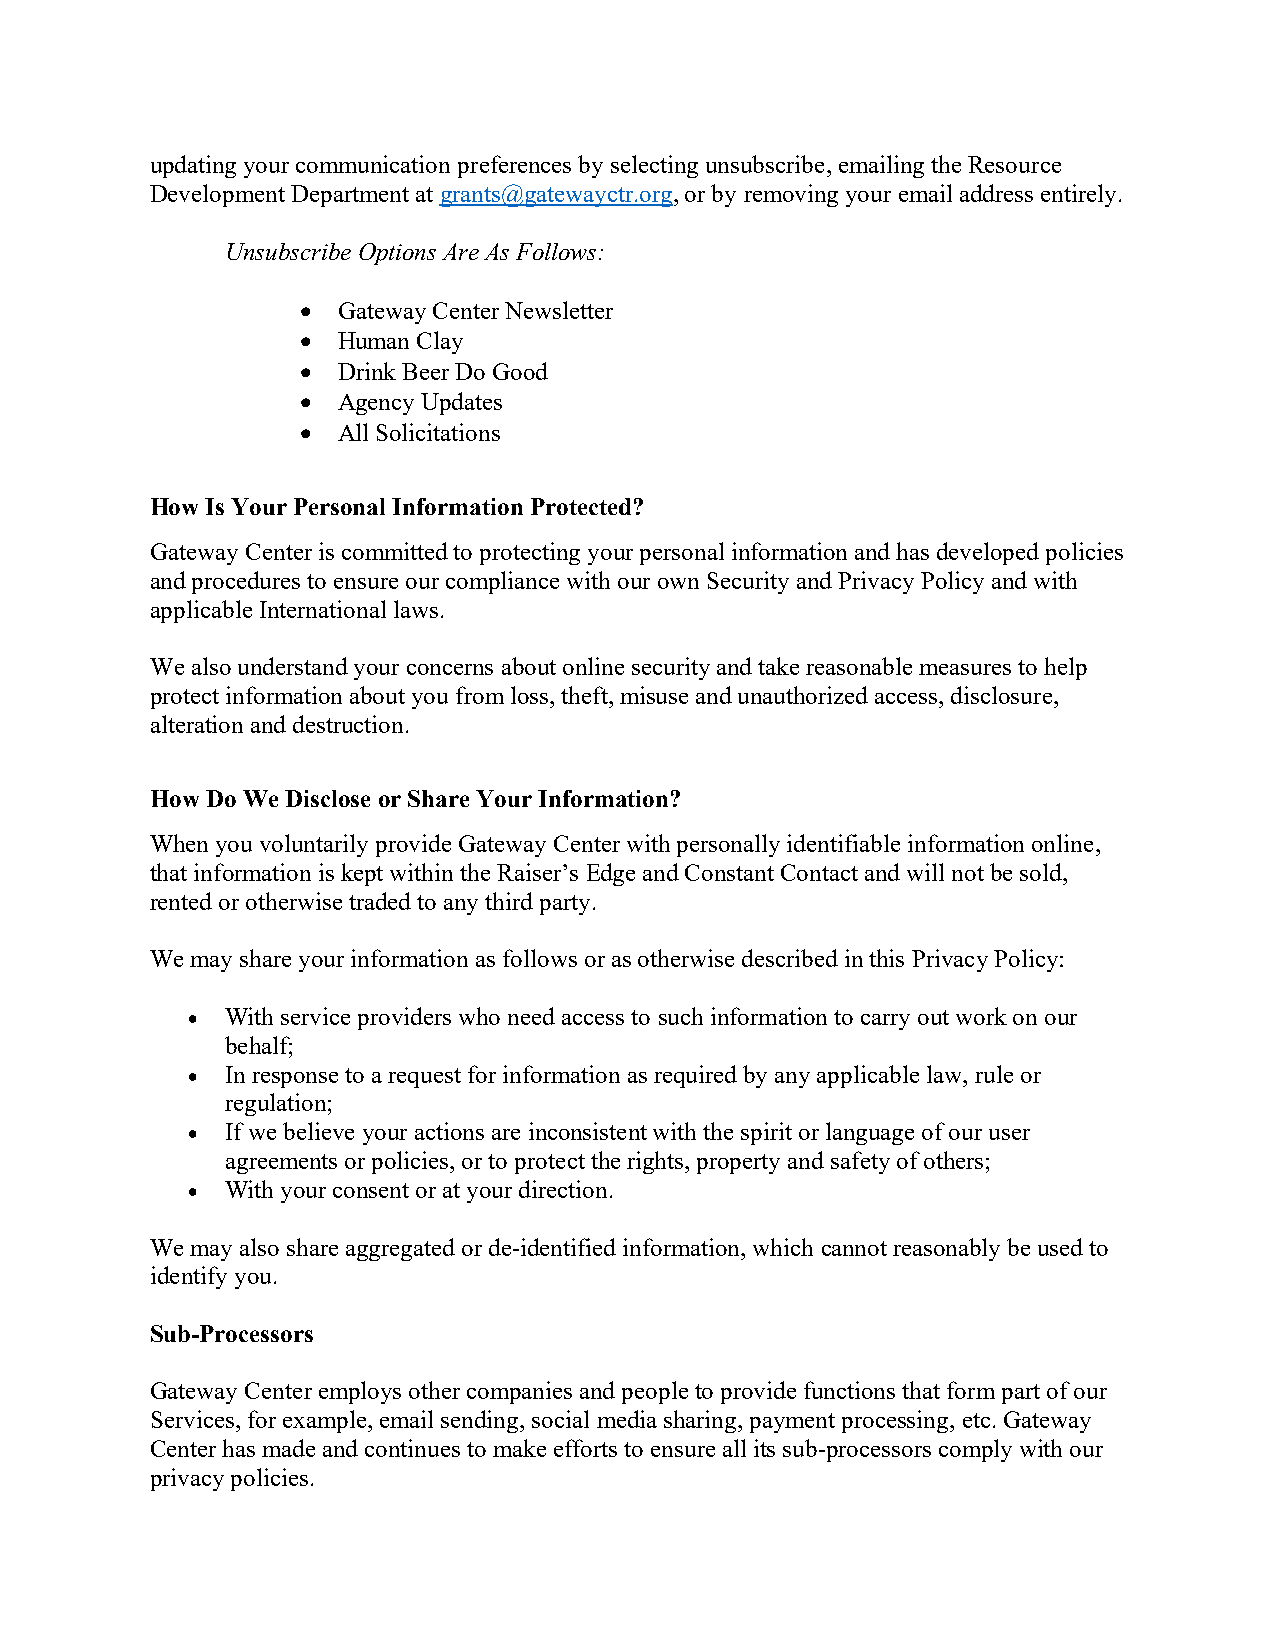
updating your communication preferences by selecting unsubscribe, emailing the Resource
 Development Department at grants@gatewayctr.org, or by removing your email address entirely.
 Unsubscribe Options Are As Follows:
  Gateway Center Newsletter
  Human Clay
  Drink Beer Do Good
  Agency Updates
  All Solicitations
 How Is Your Personal Information Protected?
 Gateway Center is committed to protecting your personal information and has developed policies
 and procedures to ensure our compliance with our own Security and Privacy Policy and with
 applicable International laws.
 We also understand your concerns about online security and take reasonable measures to help
 protect information about you from loss, theft, misuse and unauthorized access, disclosure,
 alteration and destruction.
 How Do We Disclose or Share Your Information?
 When you voluntarily provide Gateway Center with personally identifiable information online,
 that information is kept within the Raiser’s Edge and Constant Contact and will not be sold,
 rented or otherwise traded to any third party.
 We may share your information as follows or as otherwise described in this Privacy Policy:
   With service providers who need access to such information to carry out work on our
 behalf;
   In response to a request for information as required by any applicable law, rule or
 regulation;
   If we believe your actions are inconsistent with the spirit or language of our user
 agreements or policies, or to protect the rights, property and safety of others;
   With your consent or at your direction.
 We may also share aggregated or de-identified information, which cannot reasonably be used to
 identify you.
 Sub-Processors
 Gateway Center employs other companies and people to provide functions that form part of our
 Services, for example, email sending, social media sharing, payment processing, etc. Gateway
 Center has made and continues to make efforts to ensure all its sub-processors comply with our
 privacy policies.